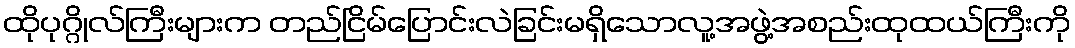
ထိုပုဂ္ဂိုလ်ကြီးများက တည်ငြိမ်ပြောင်းလဲခြင်းမရှိသောလူ့အဖွဲ့အစည်းထုထယ်ကြီးကို